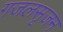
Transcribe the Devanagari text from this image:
गजलसृजन